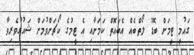
ގައުމީ ޓީމަށް ބޮޑު ލޯތްބެއް އެބައޮތް ކަމަށާއި އެ ޓީމުގެ ކޯޗަށްވުމަށް ޝައުގުވެރިވާ